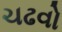
ચઢવો